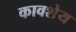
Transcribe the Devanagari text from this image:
कावशेय